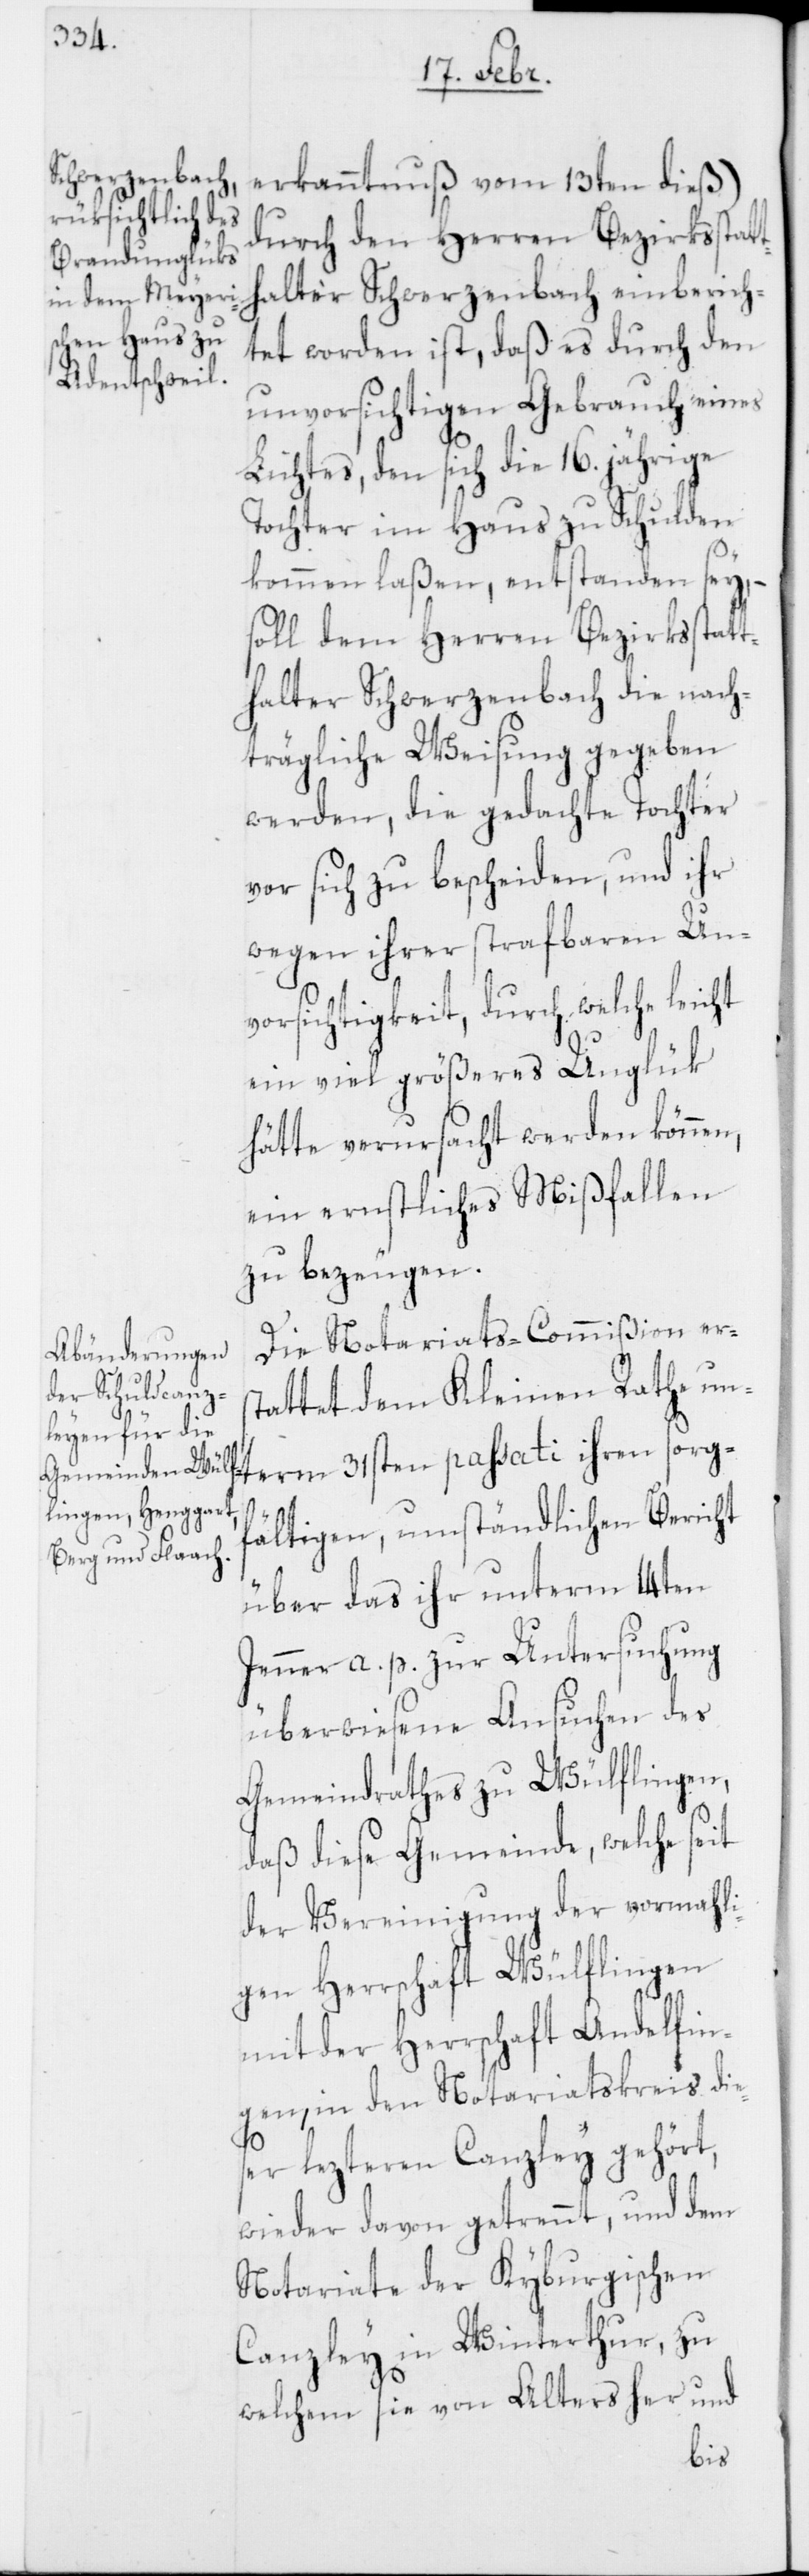
erkanntnuß vom 13ten dieß)
durch den Herren Bezirksstat¬
thalter Schwerzenbach einberich¬
tet worden ist, daß es durch den
unvorsichtigen Gebrauch eines
Lichtes, den sich die 16. jährige
Tochter im Haus zu Schulden
sorg¬
kommen laßen, entstanden sey, –
soll dem Herren Bezirksstatt¬
halter Schwerzenbach die nach¬
trägliche Weisung gegeben
werden, die gedachte Tochter
vor sich zu bescheiden, und ihr
wegen ihrer strafbaren Unv¬
orsichtigkeit, durch welche
ein viel größeres Unglük
hätte verursacht werden können,
ein ernstliches Mißfallen
zu bezeugen.
Die Notariats-Commißion ers¬
tattet dem Kleinen Rathe unt¬
fältigen, umständlichen Bericht
über das ihr unterm 14ten
Jenner a. p. zur Untersuchung
überwiesene Ansuchen des
Gemeindrathes zu Wülflingen,
daß diese Gemeinde, welche seit
der Vereinigung der vormahli¬
gen Herrschaft Wülflingen
mit der Herrschaft Andelfin¬
gen, in den Notariatskreis die¬
ser lezteren Canzley gehört,
wieder davon getrennt, und dem
Notariate der Kyburgischen
Canzley in Winterthur, zu
welchem sie von Alters her und